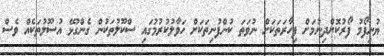
ޔުނިފޯމު ފޯރުކޮށްދިނުމަށް ފިހާރަތަކަށް ނުވަތަ ކުންފުނިތަކަށް ހަވާލުކުރުމުގައި ސްކޫލުތަކުން ގެންގުޅޭ އުސޫލުތަކެއް ވެސް